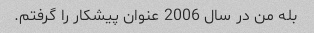
بله من در سال 2006 عنوان پیشکار را گرفتم.